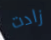
زادت